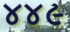
૪૪૯